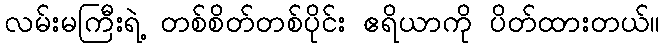
လမ်းမကြီးရဲ့ တစ်စိတ်တစ်ပိုင်း ဧရိယာကို ပိတ်ထားတယ်။